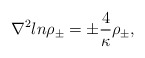
\begin{align*}{\nabla}^2 ln{\rho}_{\pm}={\pm}{\frac{4}{\kappa}}{\rho}_{\pm},\end{align*}